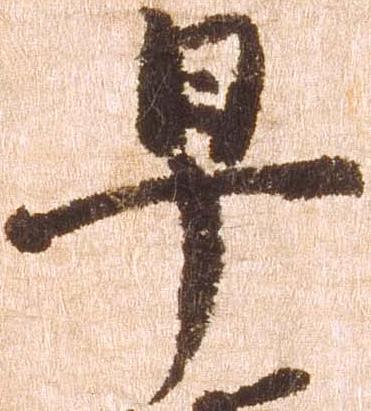
早